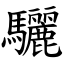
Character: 驪